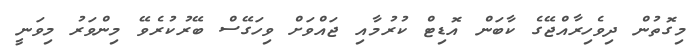
މިގޮތުން ދިވެހިރާއްޖޭގެ ކާބަން އޮޑިޓް ކުރުމާއި ޖައްވަށް ވިހަގޭސް ބޭރުކުރެވޭ މިންވަރު މިވަނީ